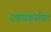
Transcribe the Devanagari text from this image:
एडवर्ड्सचा